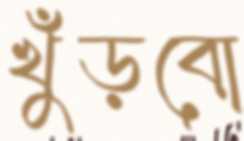
খুঁড়বো